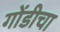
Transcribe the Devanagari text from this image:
गोंडीचा